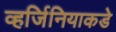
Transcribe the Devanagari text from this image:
व्हर्जिनियाकडे